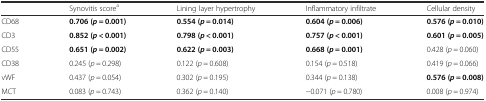
|  | Synovitis scorea | Lining layer hypertrophy | Inflammatory infiltrate | Cellular density |
 | --- | --- | --- | --- | --- |
 | CD68 | 0.706 (p = 0.001) | 0.554 (p = 0.014) | 0.604 (p = 0.006) | 0.576 (p = 0.010) |
 | CD3 | 0.852 (p < 0.001) | 0.798 (p < 0.001) | 0.757 (p < 0.001) | 0.601 (p = 0.005) |
 | CD55 | 0.651 (p = 0.002) | 0.622 (p = 0.003) | 0.668 (p = 0.001) | 0.428 (p = 0.060) |
 | CD38 | 0.245 (p = 0.298) | 0.122 (p = 0.608) | 0.154 (p = 0.518) | 0.419 (p = 0.066) |
 | vWF | 0.437 (p = 0.054) | 0.302 (p = 0.195) | 0.344 (p = 0.138) | 0.576 (p = 0.008) |
 | MCT | 0.083 (p = 0.743) | 0.362 (p = 0.140) | −0.071 (p = 0.780) | 0.008 (p = 0.974) |